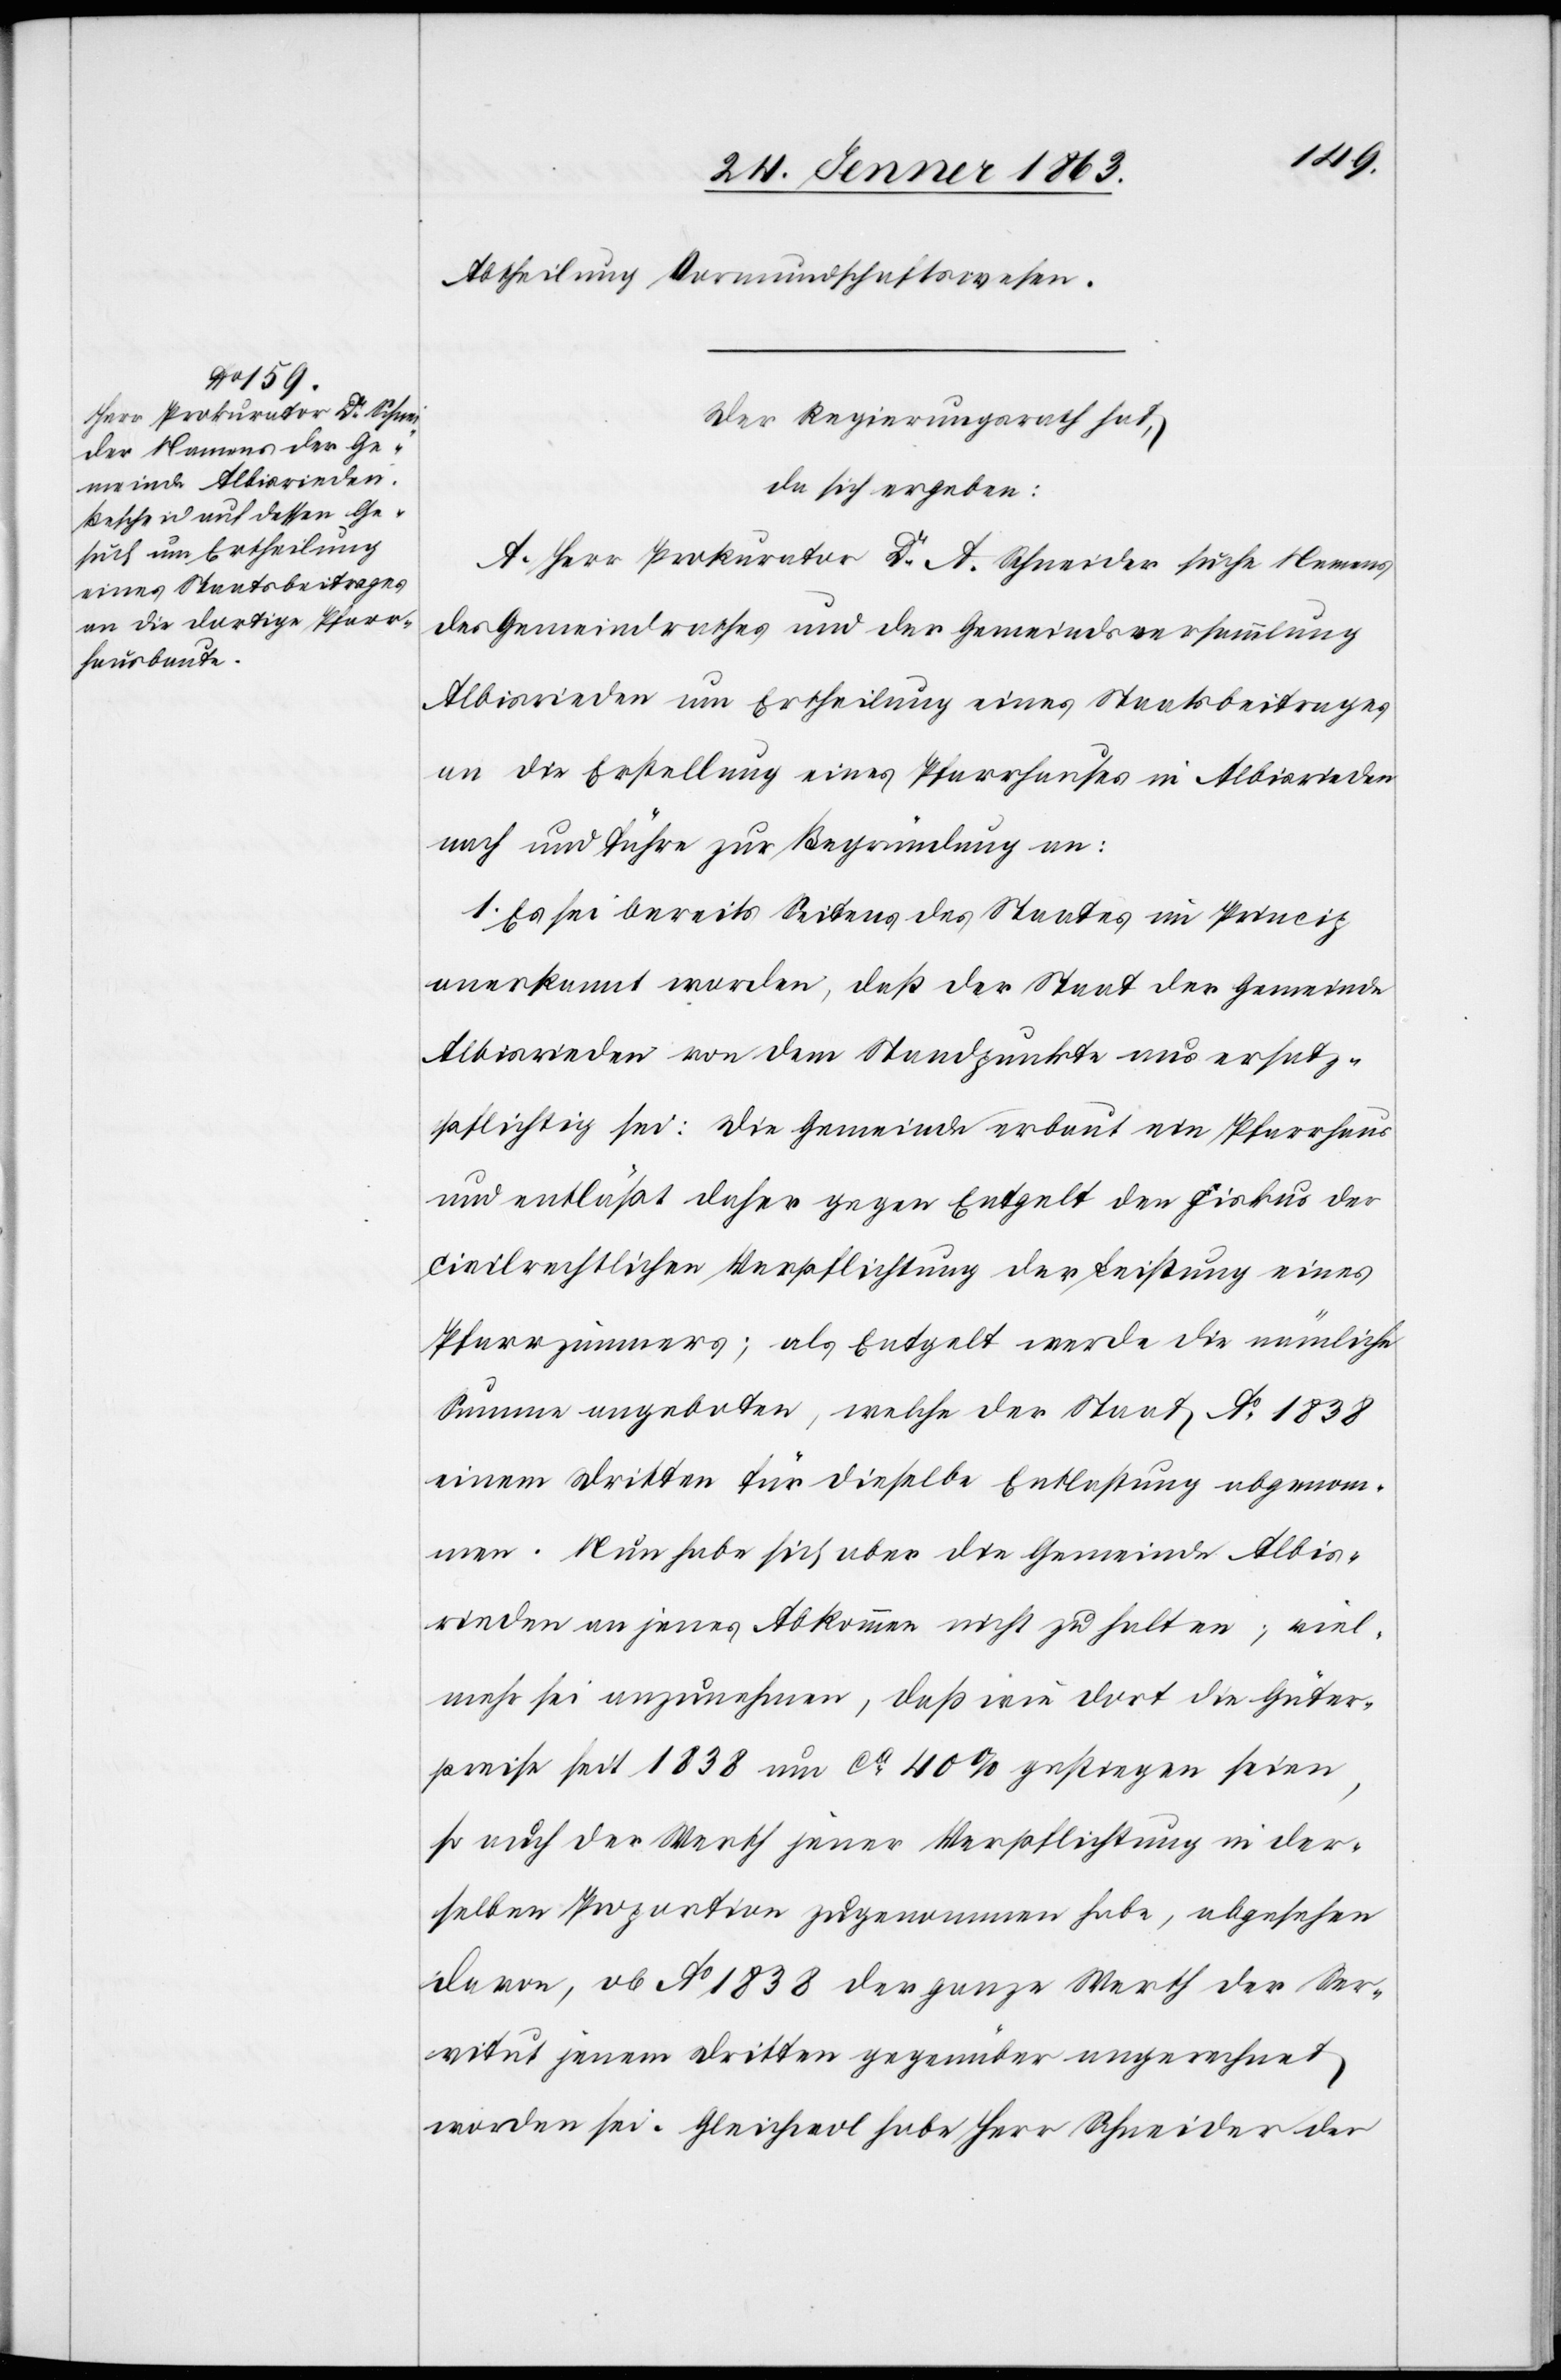
Abtheilung Vormundschaftswesen.
Der Regierungsrath hat,
da sich ergeben:
A. Herr Prokurator Dr A. Schneider suche Namens
des Gemeindrathes und der Gemeindsversammlung
Albisrieden um Ertheilung eines Staatsbeitrages
an die Erstellung eines Pfarrhauses in Albisrieden
nach und führe zur Begründung an:
1. Es sei bereits Seitens des Staates im Princip
anerkannt worden, daß der Staat der Gemeinde
Albisrieden von dem Standpunkte aus ersatz¬
pflichtig sei: Die Gemeinde erbaut ein Pfarrhaus
und erläßt daher gegen Entgelt den Fiskus der
civilrechtlichen Verpflichtung der Leistung eines
Pfarrzimmers; als Entgelt werde die nämliche
Summe angeboten, welche der Staat Ao 1838
einem Dritten für dieselbe Entlastung abgenom¬
men. Nun habe sich aber die Gemeinde Albis¬
rieden an jenes Abkommen nicht gehalten; viel¬
mehr sei anzunehmen, daß wie dort die Güter¬
preise seit 1838 um ca 40% gestiegen seien,
so auch der Werth jener Verpflichtung in der¬
selben Proportion zugenommen habe, abgesehen
davon, ob Ao 1838 der ganze Werth der Ser¬
vitut jenem Dritten gegenüber angerechnet
worden sei. Gleichwol habe Herr Schneider der